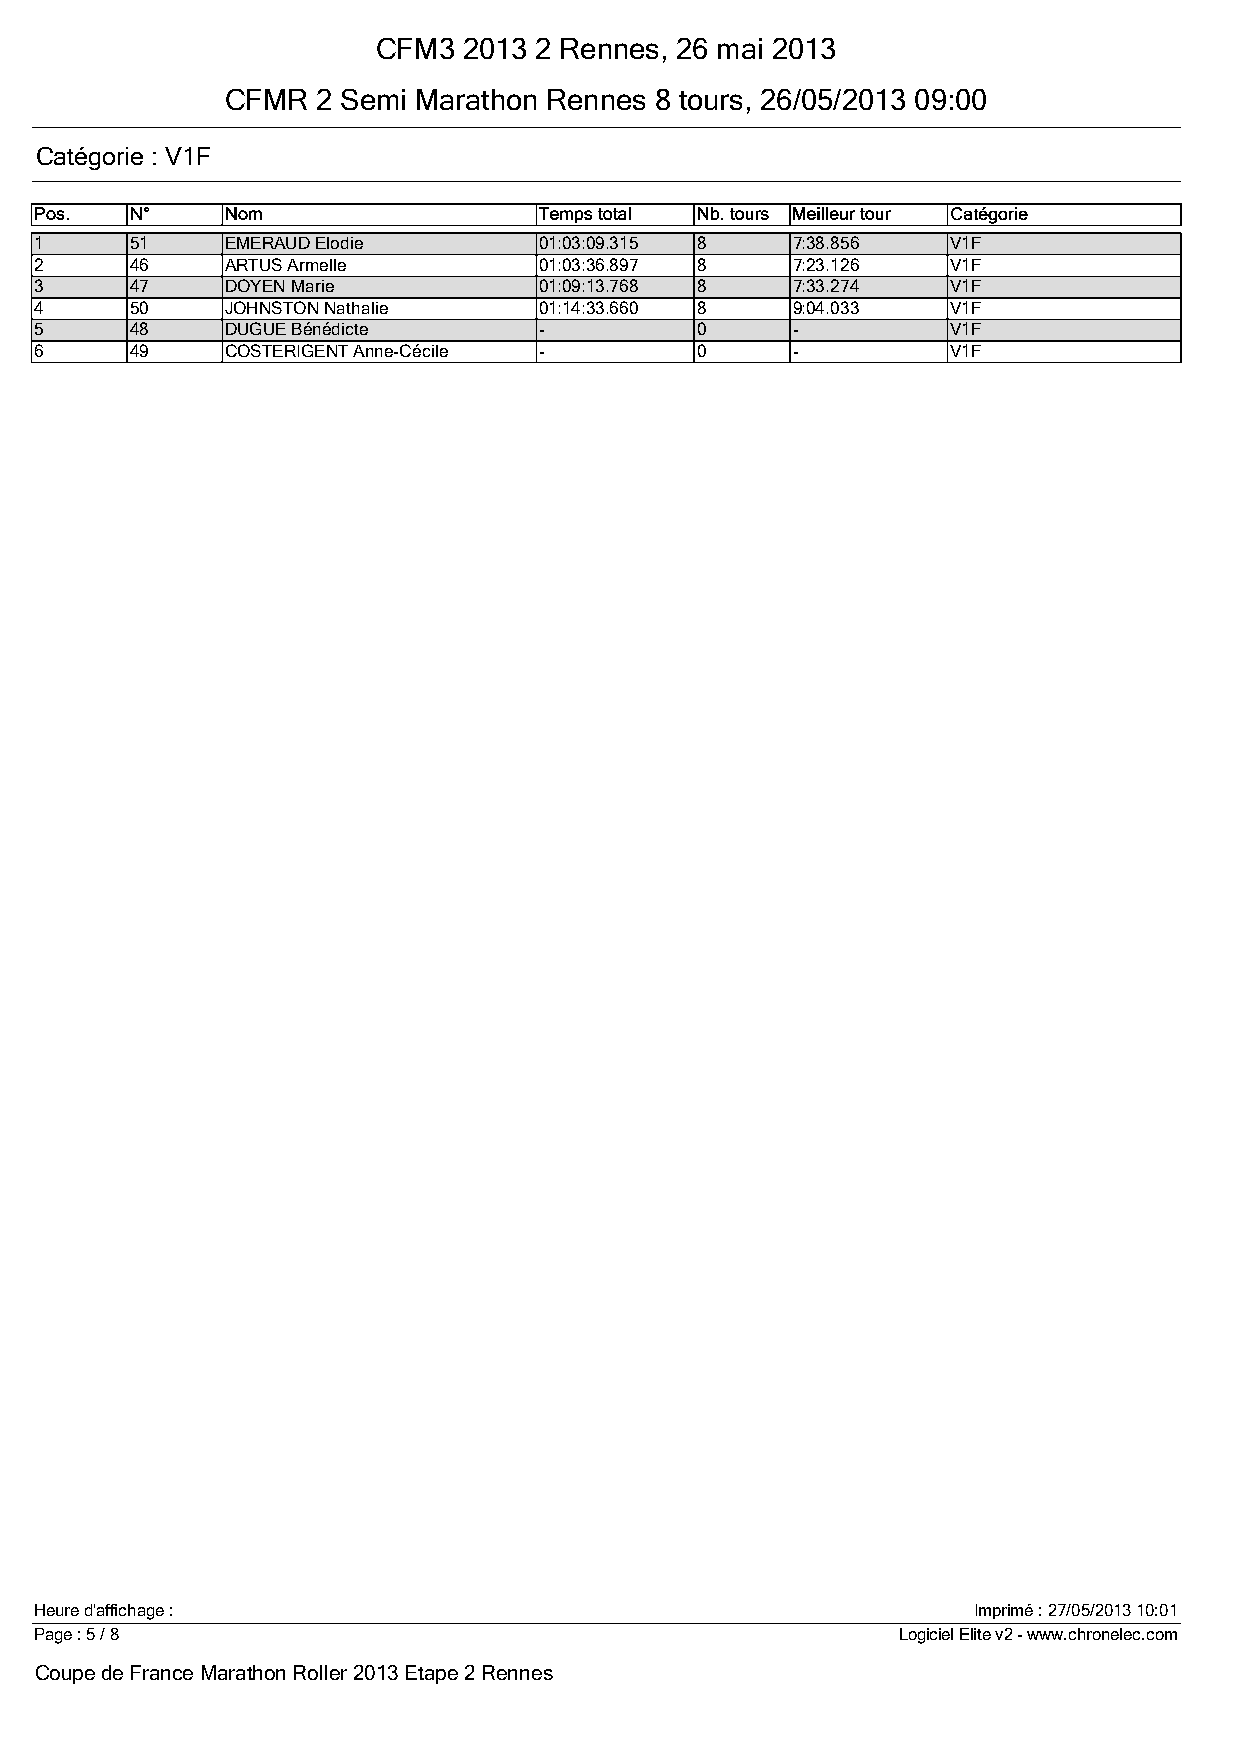
CFM3  2013 2 Rennes, 26 mai 2013
 CFMR  2 Semi Marathon Rennes 8 tours, 26/05/2013 09:00
 Catégorie : V1F
 1      51    EMERAUD Elodie       01:03:09.315 8  7:38.856   V1F
 2      46    ARTUS Armelle        01:03:36.897 8  7:23.126   V1F
 3      47    DOYEN Marie          01:09:13.768 8  7:33.274   V1F
 4      50    JOHNSTON Nathalie    01:14:33.660 8  9:04.033   V1F
 5      48    DUGUE Bénédicte      -         0     -          V1F
 6      49    COSTERIGENT Anne-Cécile -      0     -          V1F
 Heure d'affichage :                                           Imprimé : 27/05/2013 10:01
 Page : 5 / 8                                             Logiciel Elite v2 - www.chronelec.com
 Coupe de France Marathon Roller 2013 Etape 2 Rennes